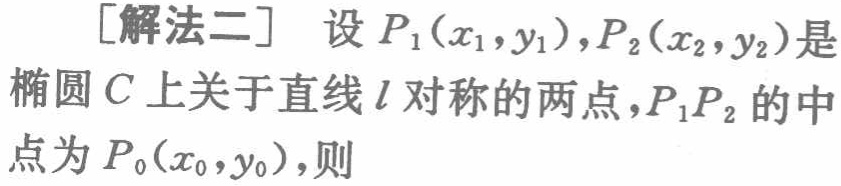
[解法二] 设 \(P_1(x_1,y_1),P_2(x_2,y_2)\)是椭圆\(C\)上关于直线\(l\)对称的两点，\(P_1P_2\)的中点为\(P_0(x_0,y_0)\)，则